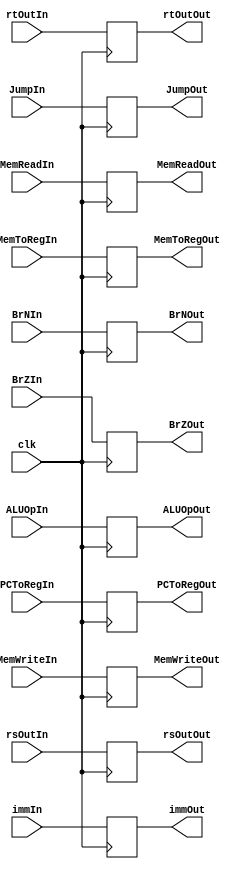
`timescale 1ns / 1ps
//////////////////////////////////////////////////////////////////////////////////
// Company: 
// Engineer: 
// 
// Design Name: 
// Module Name: IDEXMEM
// Project Name: 
// Target Devices: 
// Tool Versions: 
// Description: 
// 
// Dependencies: 
// 
// Revision:
// Revision 0.01 - File Created
// Additional Comments:
// 
//////////////////////////////////////////////////////////////////////////////////


`timescale 1ns / 1ps
//////////////////////////////////////////////////////////////////////////////////
// Company: 
// Engineer: 
// 
// Design Name: 
// Module Name: ID_EXMEM
// Project Name: 
// Target Devices: 
// Tool Versions: 
// Description: 
// 
// Dependencies: 
// 
// Revision:
// Revision 0.01 - File Created
// Additional Comments:
// 
//////////////////////////////////////////////////////////////////////////////////


module IF_EXMEM(clk, rsOutIn, rsOutOut, rtOutIn, rtOutOut, immIn, immOut, BrNIn, BrNOut, BrZIn, BrZOut, JumpIn, JumpOut, ALUOpIn, ALUOpOut, MemToRegIn, MemToRegOut, PCToRegIn, PCToRegOut, MemReadIn, MemReadOut, MemWriteIn, MemWriteOut);

input clk;
input [31:0] rsOutIn;
input [31:0] rtOutIn;
input [31:0] immIn;
input BrNIn, BrZIn, JumpIn, MemToRegIn, PCToRegIn, MemReadIn, MemWriteIn;
input [1:0] ALUOpIn;


output reg [31:0] rsOutOut;
output reg [31:0] rtOutOut;
output reg [31:0] immOut;
output reg BrNOut, BrZOut, JumpOut, MemToRegOut, PCToRegOut, MemReadOut, MemWriteOut;
output reg [1:0] ALUOpOut;

always@(posedge clk)
begin
    rsOutOut = rsOutIn;
    rtOutOut = rtOutIn;
    immOut = immIn;
    BrNOut = BrNIn;
    BrZOut = BrZIn;
    JumpOut = JumpIn;
    MemToRegOut = MemToRegIn;
    PCToRegOut = PCToRegIn;
    MemReadOut = MemReadIn;
    MemWriteOut = MemWriteIn;
    ALUOpOut = ALUOpIn;
end

endmodule